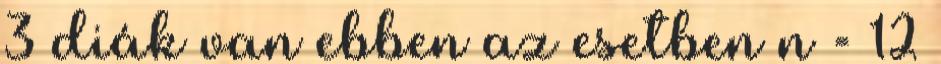
3 diák van ebben az esetben n = 12